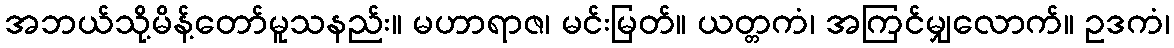
အဘယ်သို့မိန့်တော်မူသနည်း။ မဟာရာဇ၊ မင်းမြတ်။ ယတ္တကံ၊ အကြင်မျှလောက်။ ဥဒကံ၊